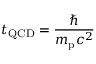
t _ { \mathrm { Q C D } } = { \frac { \hbar } { m _ { \mathrm { p } } c ^ { 2 } } }